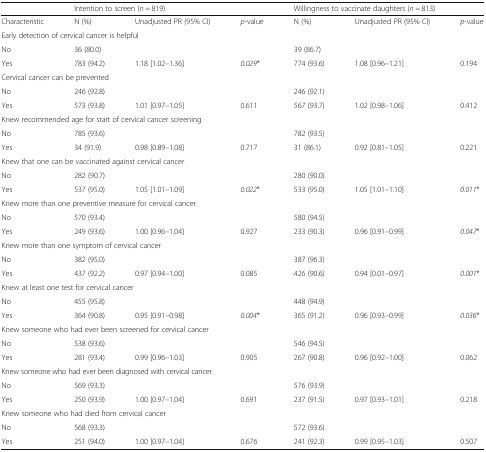
<table><thead><tr><td></td><td colspan="3"><b>Intention to screen (<i>n</i> = 819)</b></td><td colspan="3"><b>Willingness to vaccinate daughters (<i>n</i> = 813)</b></td></tr></thead><tbody><tr><td>Characteristic</td><td>N (%)</td><td>Unadjusted PR (95% CI)</td><td><i>p</i>-value</td><td>N (%)</td><td>Unadjusted PR (95% CI)</td><td><i>p</i>-value</td></tr><tr><td colspan="7">Early detection of cervical cancer is helpful</td></tr><tr><td>No</td><td>36 (80.0)</td><td></td><td></td><td>39 (86.7)</td><td></td><td></td></tr><tr><td>Yes</td><td>783 (94.2)</td><td>1.18 [1.02–1.36]</td><td><i>0.029</i>*</td><td>774 (93.6)</td><td>1.08 [0.96–1.21]</td><td>0.194</td></tr><tr><td colspan="7">Cervical cancer can be prevented</td></tr><tr><td>No</td><td>246 (92.8)</td><td></td><td></td><td>246 (92.1)</td><td></td><td></td></tr><tr><td>Yes</td><td>573 (93.8)</td><td>1.01 [0.97–1.05]</td><td>0.611</td><td>567 (93.7)</td><td>1.02 [0.98–1.06]</td><td>0.412</td></tr><tr><td colspan="7">Knew recommended age for start of cervical cancer screening</td></tr><tr><td>No</td><td>785 (93.6)</td><td></td><td></td><td>782 (93.5)</td><td></td><td></td></tr><tr><td>Yes</td><td>34 (91.9)</td><td>0.98 [0.89–1.08]</td><td>0.717</td><td>31 (86.1)</td><td>0.92 [0.81–1.05]</td><td>0.221</td></tr><tr><td colspan="7">Knew that one can be vaccinated against cervical cancer</td></tr><tr><td>No</td><td>282 (90.7)</td><td></td><td></td><td>280 (90.0)</td><td></td><td></td></tr><tr><td>Yes</td><td>537 (95.0)</td><td>1.05 [1.01–1.09]</td><td><i>0.022</i>*</td><td>533 (95.0)</td><td>1.05 [1.01–1.10]</td><td><i>0.011</i>*</td></tr><tr><td colspan="7">Knew more than one preventive measure for cervical cancer</td></tr><tr><td>No</td><td>570 (93.4)</td><td></td><td></td><td>580 (94.5)</td><td></td><td></td></tr><tr><td>Yes</td><td>249 (93.6)</td><td>1.00 [0.96–1.04]</td><td>0.927</td><td>233 (90.3)</td><td>0.96 [0.91–0.99]</td><td><i>0.047</i>*</td></tr><tr><td colspan="7">Knew more than one symptom of cervical cancer</td></tr><tr><td>No</td><td>382 (95.0)</td><td></td><td></td><td>387 (96.3)</td><td></td><td></td></tr><tr><td>Yes</td><td>437 (92.2)</td><td>0.97 [0.94–1.00]</td><td>0.085</td><td>426 (90.6)</td><td>0.94 [0.01–0.97]</td><td><i>0.001</i>*</td></tr><tr><td colspan="7">Knew at least one test for cervical cancer</td></tr><tr><td>No</td><td>455 (95.8)</td><td></td><td></td><td>448 (94.9)</td><td></td><td></td></tr><tr><td>Yes</td><td>364 (90.8)</td><td>0.95 [0.91–0.98]</td><td><i>0.004</i>*</td><td>365 (91.2)</td><td>0.96 [0.93–0.99]</td><td><i>0.036</i>*</td></tr><tr><td colspan="7">Knew someone who had ever been screened for cervical cancer</td></tr><tr><td>No</td><td>538 (93.6)</td><td></td><td></td><td>546 (94.5)</td><td></td><td></td></tr><tr><td>Yes</td><td>281 (93.4)</td><td>0.99 [0.96–1.03]</td><td>0.905</td><td>267 (90.8)</td><td>0.96 [0.92–1.00]</td><td>0.062</td></tr><tr><td colspan="7">Knew someone who had ever been diagnosed with cervical cancer</td></tr><tr><td>No</td><td>569 (93.3)</td><td></td><td></td><td>576 (93.9)</td><td></td><td></td></tr><tr><td>Yes</td><td>250 (93.9)</td><td>1.00 [0.97–1.04]</td><td>0.691</td><td>237 (91.5)</td><td>0.97 [0.93–1.01]</td><td>0.218</td></tr><tr><td colspan="7">Knew someone who had died from cervical cancer</td></tr><tr><td>No</td><td>568 (93.3)</td><td></td><td></td><td>572 (93.6)</td><td></td><td></td></tr><tr><td>Yes</td><td>251 (94.0)</td><td>1.00 [0.97–1.04]</td><td>0.676</td><td>241 (92.3)</td><td>0.99 [0.95–1.03]</td><td>0.507</td></tr></tbody></table>